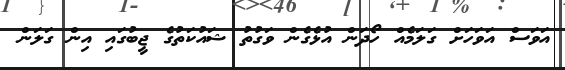
އަވަސް އަވަހަށް ގަލަމެއް ހޯދަން އުޅެގެން ވަގުތު ޝައުކަތުގެ ޖީބުގައި އިން ގަލަން